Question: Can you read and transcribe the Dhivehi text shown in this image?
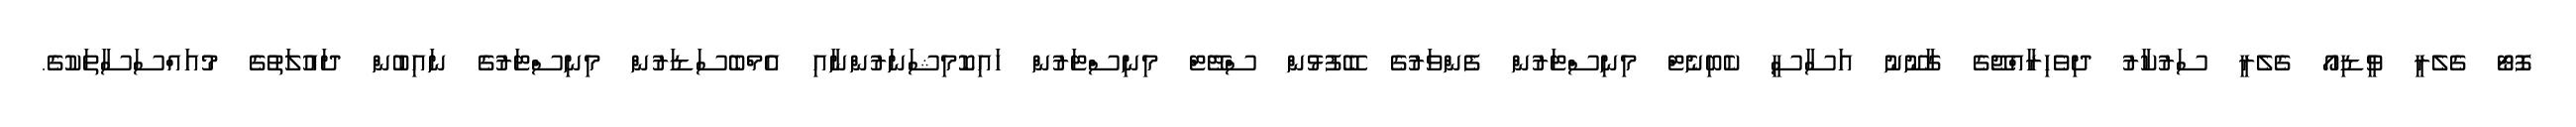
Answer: ފޮޓޯ ގެލެރީ ވީޑިއޯ ގެލެރީ ސަރުކާރު ދިވެހިރާއްޖޭގެ ގާނޫނު އަސާސީ ކެބިނެޓް މިނިސްޓަރުން ފެންވަރުގެ ބޭފުޅުން ސްޓޭޓް މިނިސްޓަރުން ހައިކޮމިޝަނަރުންނާއި އެމްބެސަޑަރުން މިނިސްޓަރުގެ ނައިބުން ދައުލަތުގެ މުއައްސަސާތަކުގެ.